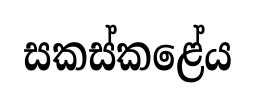
සකස්කළේය